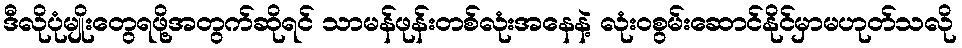
ဒီလိုပုံမျိုးတွေရဖို့အတွက်ဆိုရင် သာမန်ဖုန်းတစ်လုံးအနေနဲ့ လုံးဝစွမ်းဆောင်နိုင်မှာမဟုတ်သလို